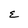
Character: E